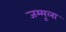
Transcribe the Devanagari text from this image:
जम्मूला